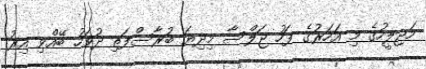
މަޖިލީހުގެ މި އަހަރުގެ ފަހު ޖަލްސާ މިދިޔަ ބުރާސްފަތި ދުވަހު ބޭއްވި އިރު